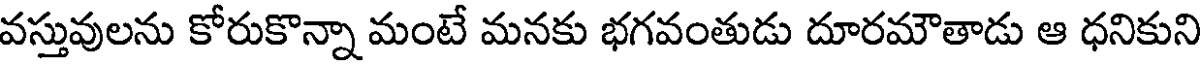
వస్తువులను కోరుకొన్నా మంటే మనకు భగవంతుడు దూరమౌతాడు ఆ ధనికుని